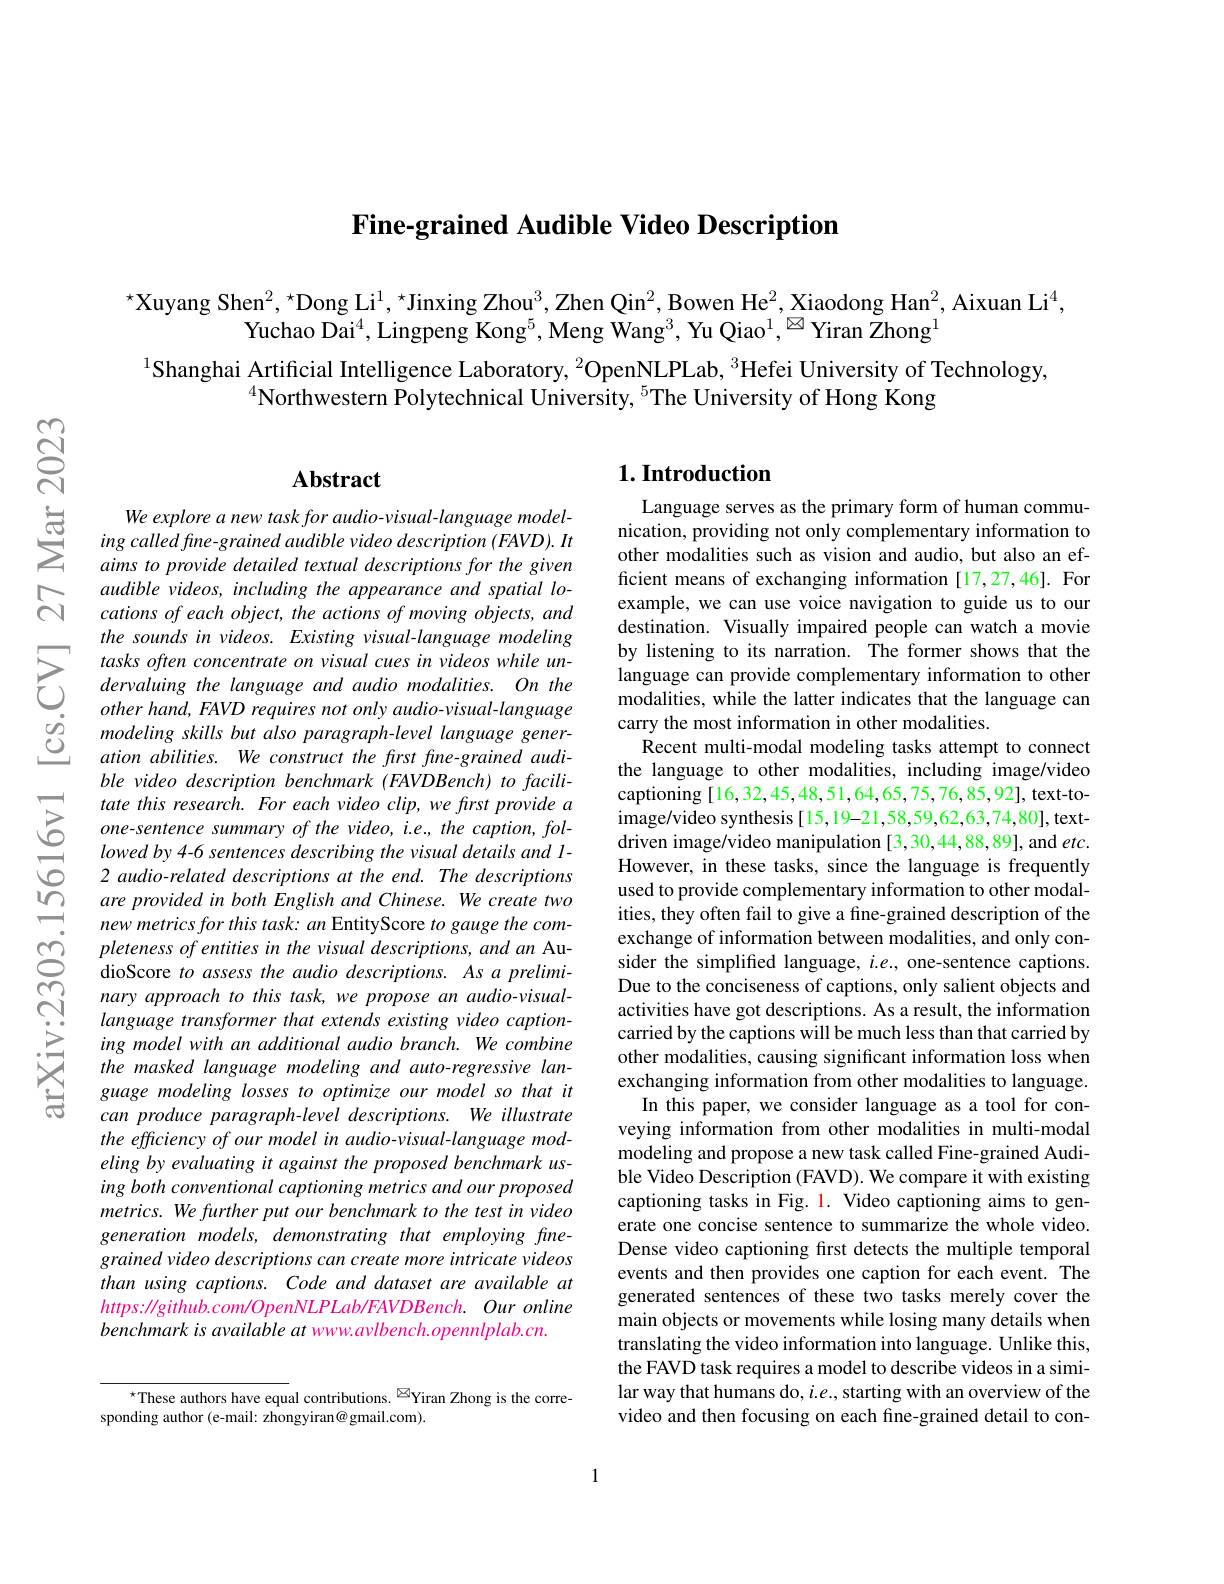
Fine-grained Audible Video Description

$^{\star}$Xuyang Shen$^2,^{\star}$Dong Li$^1,^{\star}$Jinxing Zhou$^3$,Zhen Qin$^2$,Bowen He$^2$,Xiaodong Han$^2$,Aixuan Li$^4$,
Yuchao Dai$^4$,Lingpeng Kong$^5,\text{Meng Wang}^3$, Yu Qiao$^1,^{\textcircled{\mathrm{a}}}$Yiran Žhong$^1$

$^{1}$Shanghai Artificial Intelligence Laboratory, $^{2}$OpenNLPLab, $^{3}$Hefei University of Technology,
$^{4}$Northwestern $\tilde{\text{Polytechnical University, }}^{5}$The University of Hong Kong

## $\mathbf{Abstract}$

We explore a new task for audio-visual-language modeling called fine- grained audible video description (FAVD). It aims to provide detailed textual descriptions for the given audible videos, including the appearance and spatial locations of each object, the actions of moving objects, and the sounds in videos. Existing visual-language modeling tasks often concentrate on visual cues in videos while undervaluing the language and audio modalities. On the other hand, FAVD requires not only audio-visual-language modeling skills but also paragraph-level language generation abilities. We construct the first fine-grained audible video description benchmark (FAVDBench) to facilitate this research. For each video clip, we frst provide a one-sentence summary of the video, i.e., the caption, followed by 4-6 sentences describing the visual details and 1- 2 audio-related descriptions at the end. The descriptions are provided in both English and Chinese. We create two new metrics for this task: an EntityScore to gauge the completeness of entities in the visual descriptions, and an AudioScore to assess the audio descriptions. As a preliminary approach to this task, we propose an audio-visuallanguage transformer that extends existing video captioning model with an additional audio branch. We combine the masked language modeling and auto-regressive language modeling losses to optimize our model so that it can produce paragraph-level descriptions. We illustrate the efficiency of our model in audio-visual-language modeling by evaluating it against the proposed benchmark using both conventional captioning metrics and our proposed metrics. We further put our benchmark to the test in video generation models, demonstrating that employing finegrained video descriptions can create more intricate videos than using captions. Code and dataset are available at $https://github.com/OpenNLPLab/FAVDBench.Ouronline$ benchmark is available at www.avlbench.opennlplab.cn.

$^{\star}$These authors have equal contributions.$^{\boxtimes}$Yiran Zhong is the corre-
sponding author (e-mail: zhongyiran@ gmail.com).

### $1. \textbf{Introduction}$

Language serves as the primary form of human communication, providing not only complementary information to other modalities such as vision and audio, but also an efficient means of exchanging information[17,27,46]. For example, we can use voice navigation to guide us to our destination. Visually impaired people can watch a movie by listening to its narration. The former shows that the language can provide complementary information to other modalities, while the latter indicates that the language can carry the most information in other modalities.
Recent multi-modal modeling tasks attempt to connect the language to other modalities, including image/video captioning[16,32,45,48,51,64,65,75,76,85,92],text-toimage/video synthesis[15,19-21,58,59,62,63,74,80], textdriven image/video manipulation [3,30,44,88,89], and $etc.$ However, in these tasks, since the language is frequently used to provide complementary information to other modalities, they often fail to give a fine-grained description of the exchange of information between modalities, and only consider the simplifed language, $i.e.$, one-sentence captions. Due to the conciseness of captions, only salient objects and activities have got descriptions. As a result, the information carried by the captions will be much less than that carried by other modalities, causing significant information loss when exchanging information from other modalities to language.
In this paper, we consider language as a tool for conveying information from other modalities in multi-modal modeling and propose a new task called Fine-grained Audible Video Description (FAVD). We compare it with existing captioning tasks in Fig. 1. Video captioning aims to generate one concise sentence to summarize the whole video. Dense video captioning first detects the multiple temporal events and then provides one caption for each event. The generated sentences of these two tasks merely cover the main objects or movements while losing many details when translating the video information into language. Unlike this, the FAVD task requires a model to describe videos in a similar way that humans do, $i.e.$, starting with an overview of the video and then focusing on each fine-grained detail to con-

1